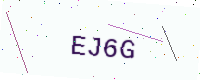
Text: EJ6G